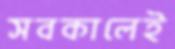
সবকালেই